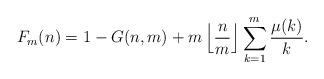
LaTeX: \begin{align*}F_m(n) = 1 - G(n,m) + m \left \lfloor \frac{n}{m} \right \rfloor \sum_{k=1}^m \frac{\mu(k)}{k}.\end{align*}